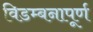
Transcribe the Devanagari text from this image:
विडम्बनापूर्ण